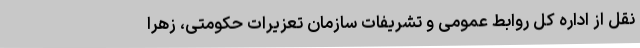
نقل از اداره کل روابط عمومی و تشریفات سازمان تعزیرات حکومتی، زهرا